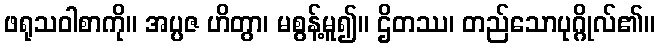
ဖရုသဝါစာကို။ အပ္ပဇ ဟိတွာ၊ မစွန့်မူ၍။ ဌိတဿ၊ တည်သောပုဂ္ဂိုလ်၏။